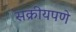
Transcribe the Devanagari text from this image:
सक्रीयपणे